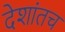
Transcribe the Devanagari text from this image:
देशांतच